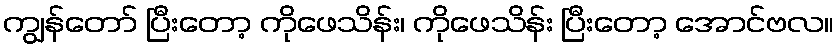
ကျွန်တော် ပြီးတော့ ကိုဖေသိန်း၊ ကိုဖေသိန်း ပြီးတော့ အောင်ဗလ။